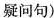
疑问句)